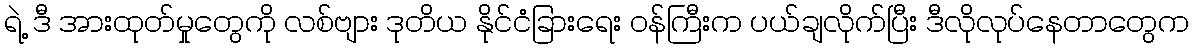
ရဲ့ ဒီ အားထုတ်မှုတွေကို လစ်ဗျား ဒုတိယ နိုင်ငံခြားရေး ဝန်ကြီးက ပယ်ချလိုက်ပြီး ဒီလိုလုပ်နေတာတွေက